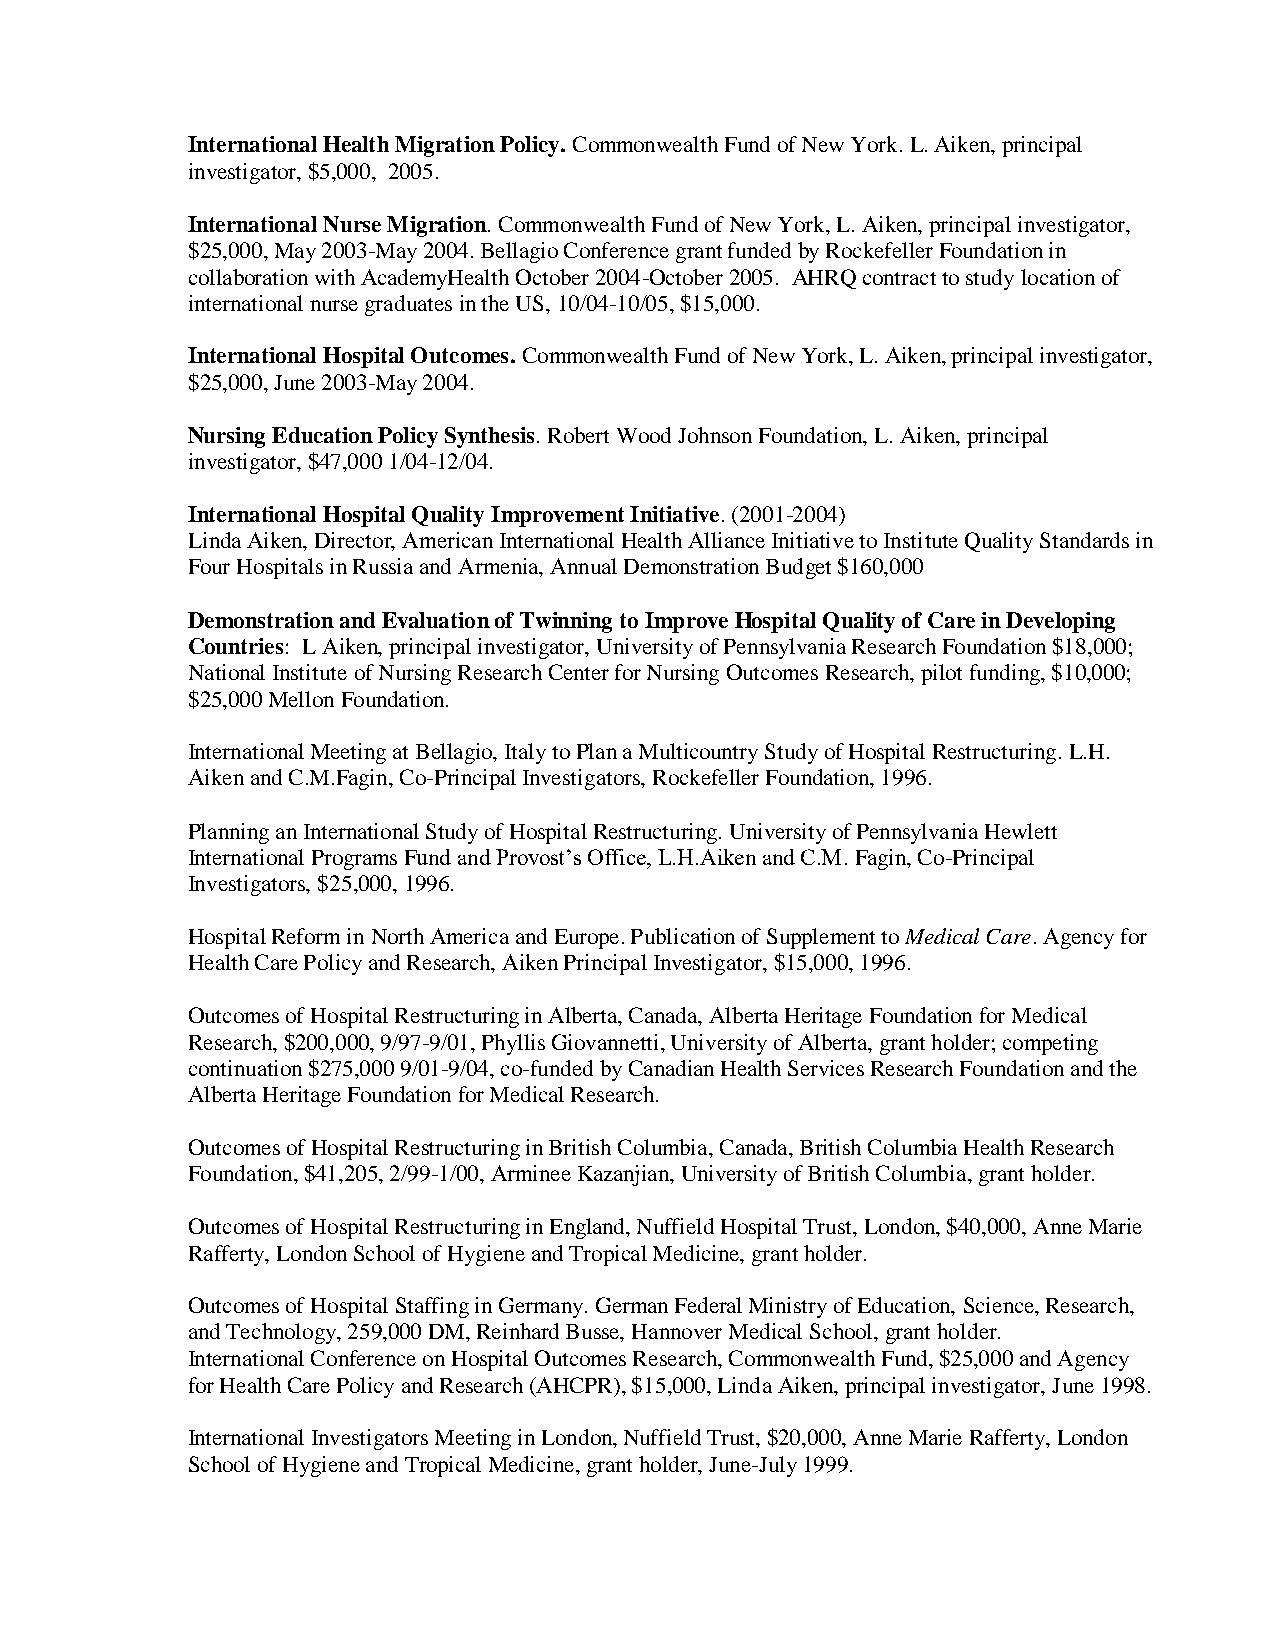
International Health Migration Policy. Commonwealth Fund of New York. L. Aiken, principal
 investigator, $5,000, 2005.
 International Nurse Migration. Commonwealth Fund of New York, L. Aiken, principal investigator,
 $25,000, May 2003-May 2004. Bellagio Conference grant funded by Rockefeller Foundation in
 collaboration with AcademyHealth October 2004-October 2005. AHRQ contract to study location of
 international nurse graduates in the US, 10/04-10/05, $15,000.
 International Hospital Outcomes. Commonwealth Fund of New York, L. Aiken, principal investigator,
 $25,000, June 2003-May 2004.
 Nursing Education Policy Synthesis. Robert Wood Johnson Foundation, L. Aiken, principal
 investigator, $47,000 1/04-12/04.
 International Hospital Quality Improvement Initiative. (2001-2004)
 Linda Aiken, Director, American International Health Alliance Initiative to Institute Quality Standards in
 Four Hospitals in Russia and Armenia, Annual Demonstration Budget $160,000
 Demonstration and Evaluation of Twinning to Improve Hospital Quality of Care in Developing
 Countries: L Aiken, principal investigator, University of Pennsylvania Research Foundation $18,000;
 National Institute of Nursing Research Center for Nursing Outcomes Research, pilot funding, $10,000;
 $25,000 Mellon Foundation.
 International Meeting at Bellagio, Italy to Plan a Multicountry Study of Hospital Restructuring. L.H.
 Aiken and C.M.Fagin, Co-Principal Investigators, Rockefeller Foundation, 1996.
 Planning an International Study of Hospital Restructuring. University of Pennsylvania Hewlett
 International Programs Fund and Provost’s Office, L.H.Aiken and C.M. Fagin, Co-Principal
 Investigators, $25,000, 1996.
 Hospital Reform in North America and Europe. Publication of Supplement to Medical Care. Agency for
 Health Care Policy and Research, Aiken Principal Investigator, $15,000, 1996.
 Outcomes of Hospital Restructuring in Alberta, Canada, Alberta Heritage Foundation for Medical
 Research, $200,000, 9/97-9/01, Phyllis Giovannetti, University of Alberta, grant holder; competing
 continuation $275,000 9/01-9/04, co-funded by Canadian Health Services Research Foundation and the
 Alberta Heritage Foundation for Medical Research.
 Outcomes of Hospital Restructuring in British Columbia, Canada, British Columbia Health Research
 Foundation, $41,205, 2/99-1/00, Arminee Kazanjian, University of British Columbia, grant holder.
 Outcomes of Hospital Restructuring in England, Nuffield Hospital Trust, London, $40,000, Anne Marie
 Rafferty, London School of Hygiene and Tropical Medicine, grant holder.
 Outcomes of Hospital Staffing in Germany. German Federal Ministry of Education, Science, Research,
 and Technology, 259,000 DM, Reinhard Busse, Hannover Medical School, grant holder.
 International Conference on Hospital Outcomes Research, Commonwealth Fund, $25,000 and Agency
 for Health Care Policy and Research (AHCPR), $15,000, Linda Aiken, principal investigator, June 1998.
 International Investigators Meeting in London, Nuffield Trust, $20,000, Anne Marie Rafferty, London
 School of Hygiene and Tropical Medicine, grant holder, June-July 1999.